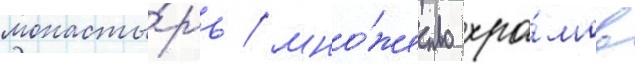
монасты́рь / мно́жество хра́мов